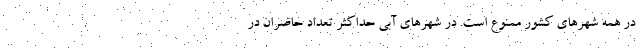
در همه شهرهای کشور ممنوع است. در شهرهای آبی حداکثر تعداد حاضران در